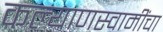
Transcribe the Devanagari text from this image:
कल्याणस्वामींचा